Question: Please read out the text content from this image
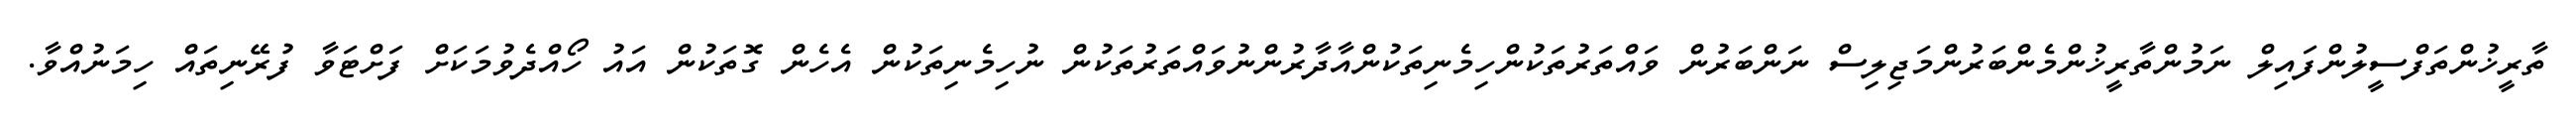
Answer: ތާރީޚުންތަފްސީލުންފައިލް ނަމުންތާރީޚުންމެންބަރުންމަޖިލިސް ނަންބަރުން ވައްތަރުތަކުންހިމެނިތަކުންއާދާރުންނުވައްތަރުތަކުން ނުހިމެނިތަކުން އެހެން ގޮތަކުން އައު ހޯއްދެވުމަކަށް ފަށްޓަވާ ފުރޭނިތައް ހިމަނުއްވާ.